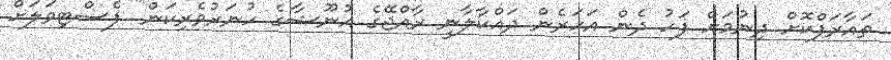
ތައާރަފްކޮށް ދިނުމަށް ފަހު ދެން އަހަރެން ދައްކާލާނީ ރާއްޖޭގެ އުނޫޝާގެ ހުނަރުވެރިކަން" ފެސްޓިވަލަށް